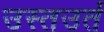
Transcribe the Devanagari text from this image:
उस्तउर्त